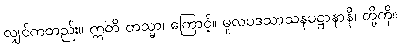
လျှင်ကတည်း။ ဣတိ တသ္မာ၊ ကြောင့်။ မူလပဒသာသနပဋ္ဌာနာနိ၊ တို့ကို။